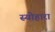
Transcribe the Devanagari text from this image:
स्योहारा